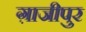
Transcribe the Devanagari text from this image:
ग़ाजीपुर